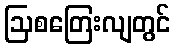
ဩစတြေးလျတွင်